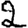
Digit: 2